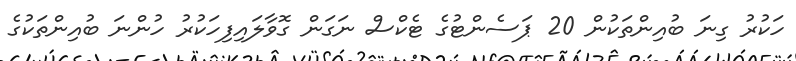
ހަކުރު ގިނަ ބުއިންތަކުން 20 ޕަސެންޓުގެ ޓެކްސް ނަގަން ގޮވާލައިފިހަކުރު ހުންނަ ބުއިންތަކުގެ